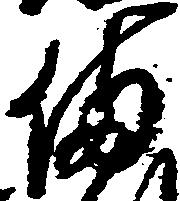
備